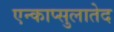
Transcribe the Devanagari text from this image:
एन्काप्सुलातेद